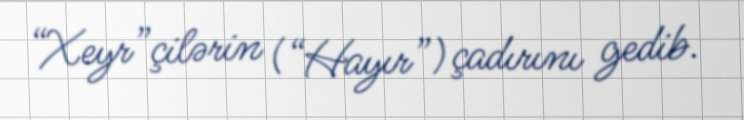
“Xeyr”çilərin (“Hayır”) çadırını gedib.